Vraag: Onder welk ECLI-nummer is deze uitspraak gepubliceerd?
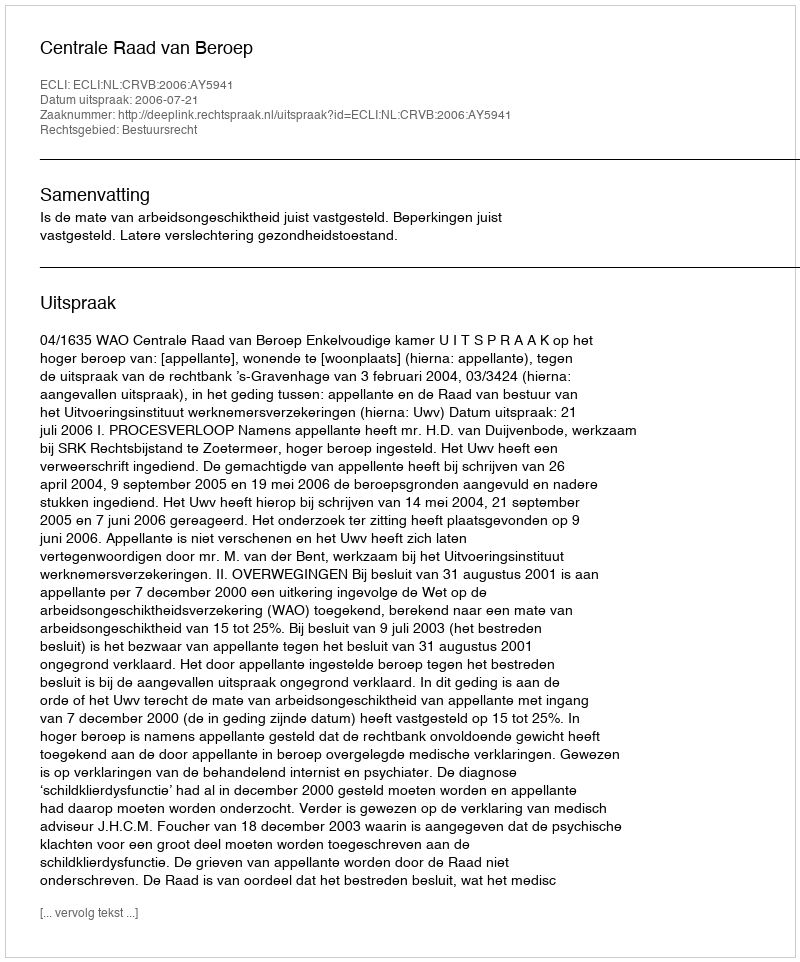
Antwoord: ECLI:NL:CRVB:2006:AY5941